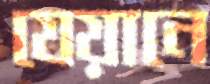
যেয়ানে